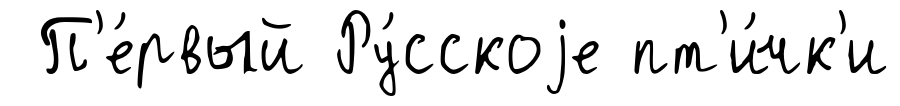
П'е́рвый Ру́сскоjе пт'и́чк'и